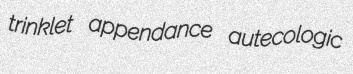
trinklet appendance autecologic